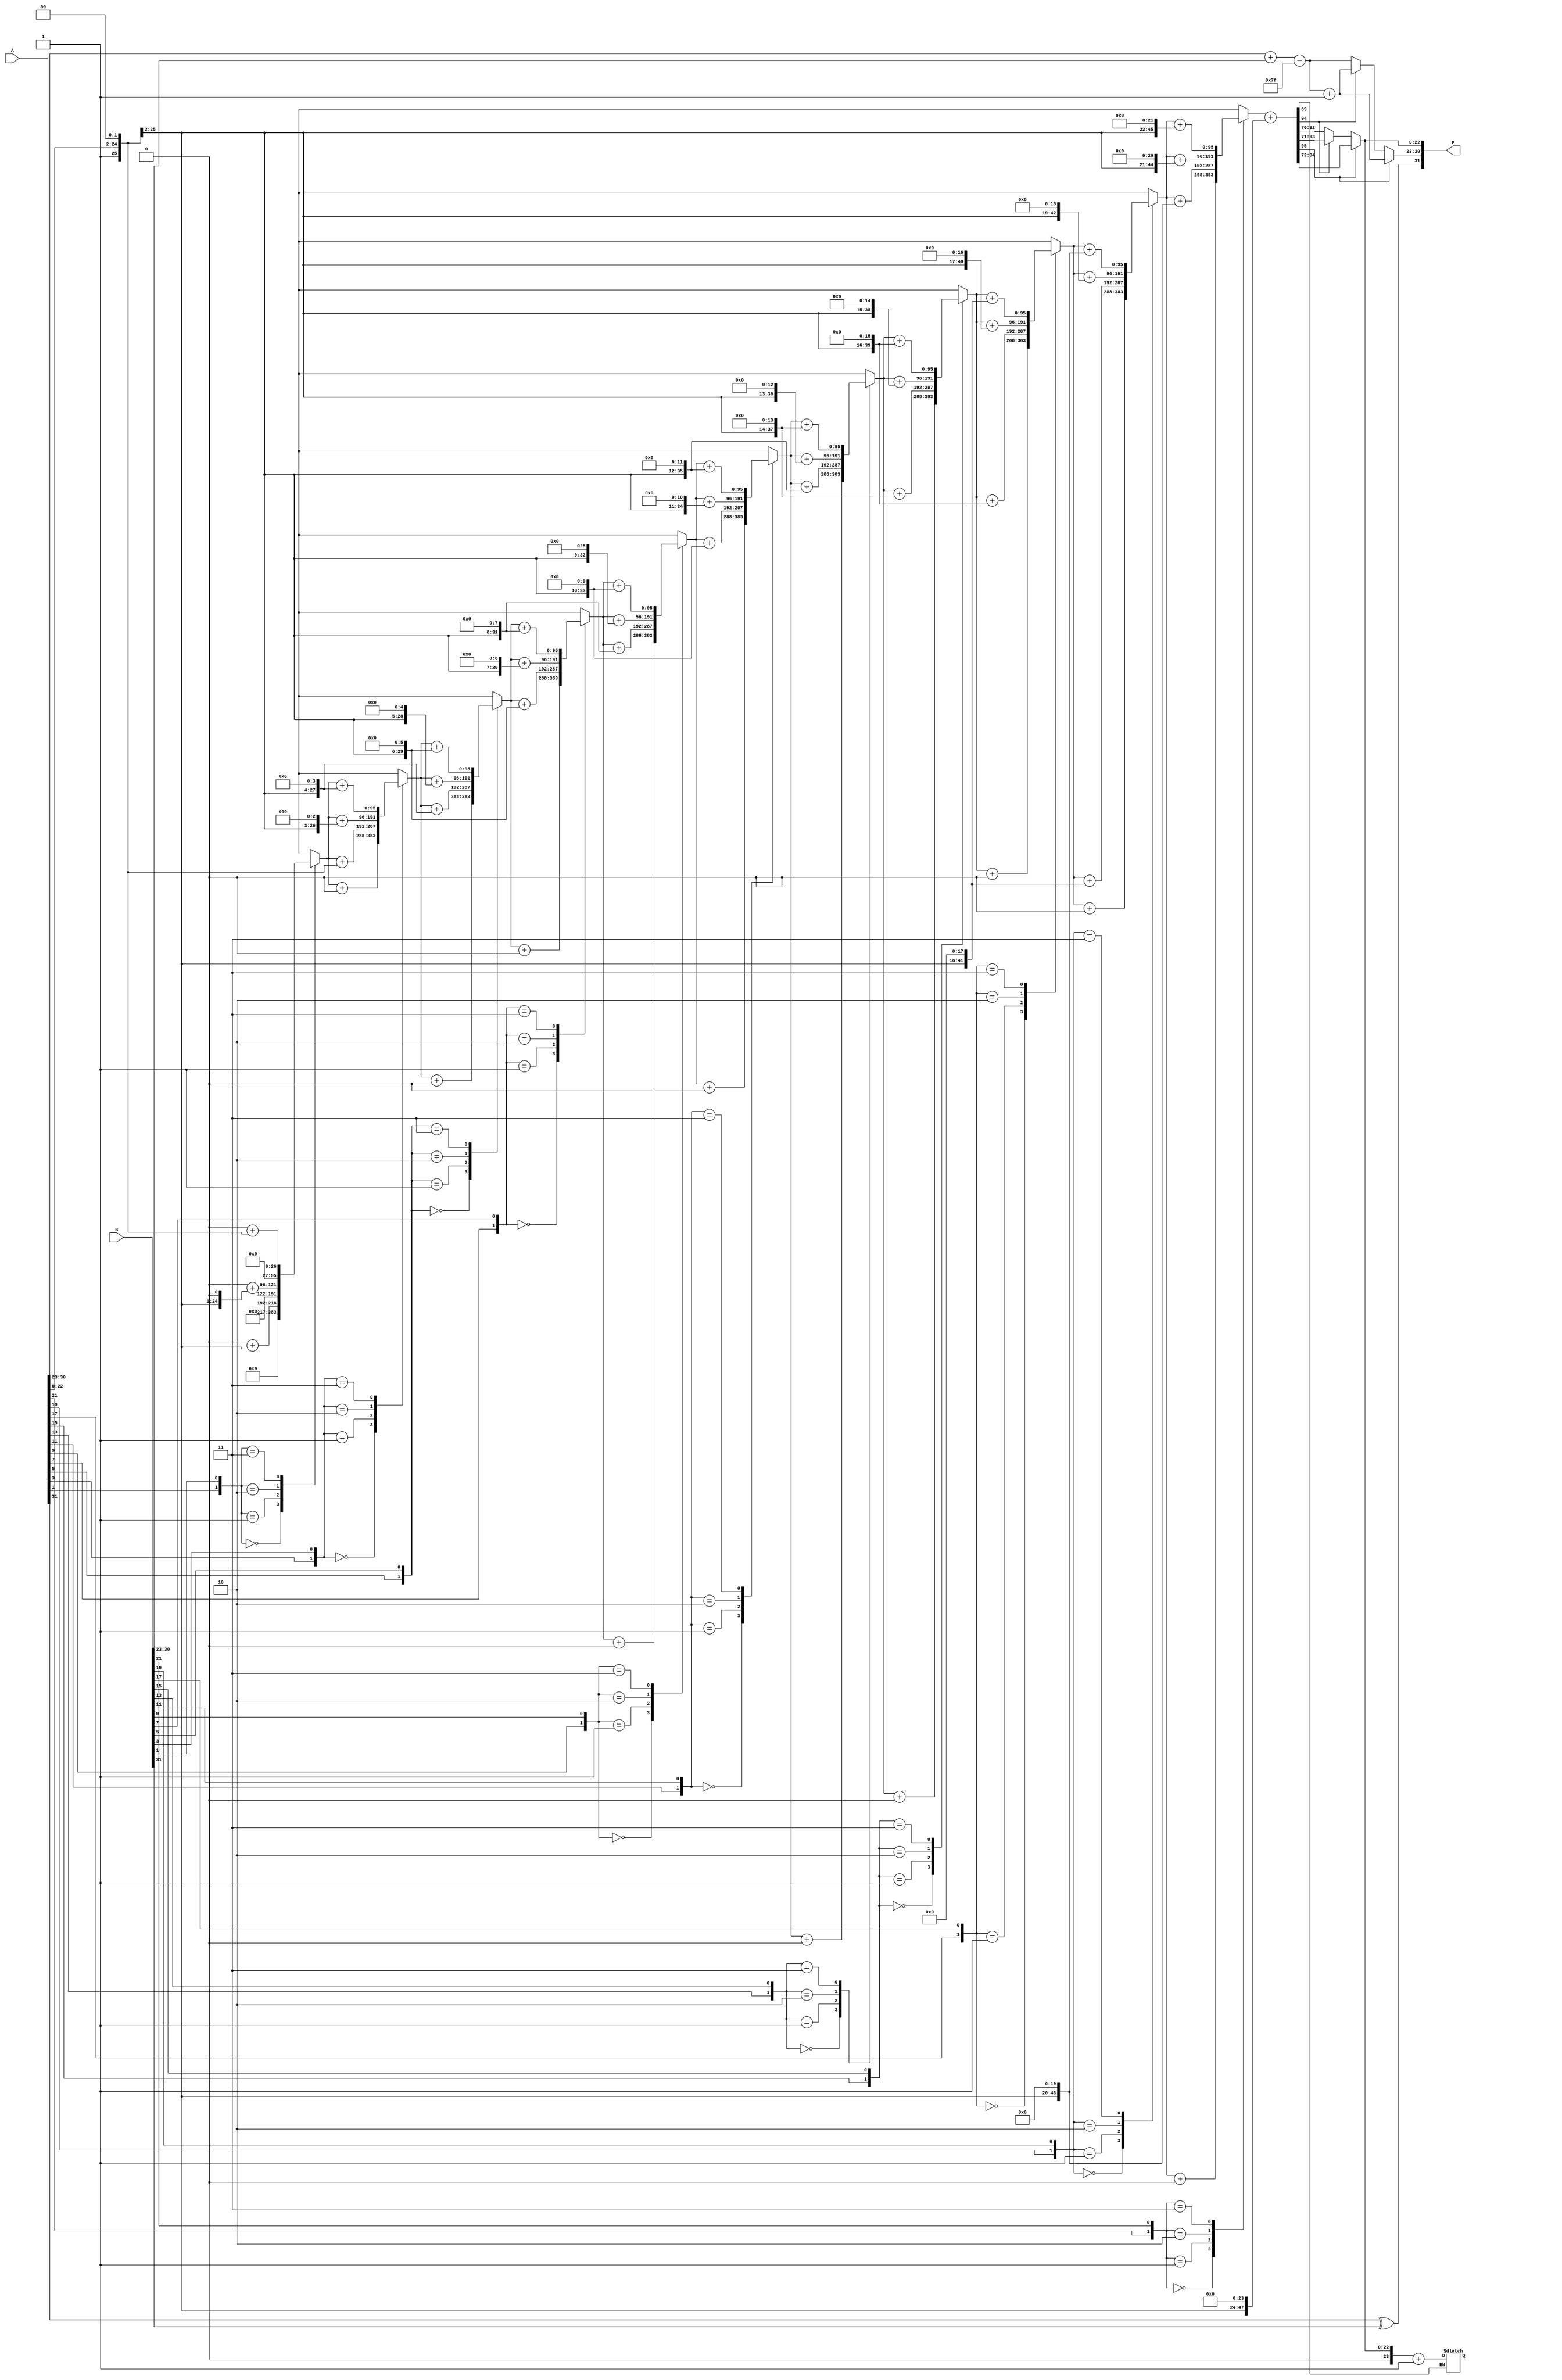
module radix4_fp_multiplier (
    input  wire [31:0] A,  // First floating-point number
    input  wire [31:0] B,  // Second floating-point number
    output reg  [31:0] P   // Product of A and B
);

    // Floating-point representation
    wire S_A = A[31]; // Sign bit of A
    wire [7:0] E_A = A[30:23]; // Exponent of A
    wire [22:0] M_A = A[22:0]; // Significand of A

    wire S_B = B[31]; // Sign bit of B
    wire [7:0] E_B = B[30:23]; // Exponent of B
    wire [22:0] M_B = B[22:0]; // Significand of B

    // Sign of the product
    wire S_P = S_A ^ S_B;

    // Exponent calculation
    wire [8:0] E_P_raw = {1'b0, E_A} + {1'b0, E_B} - 8'd127; // Bias adjustment
    wire [7:0] E_P = E_P_raw[7:0]; // Final exponent (8 bits)

    // Significand multiplication using Radix-4
    reg [47:0] M_A_ext = {1'b1, M_A}; // Extend significand of A
    reg [47:0] M_B_ext = {1'b1, M_B}; // Extend significand of B
    reg [95:0] M_P; // Product of significands

    integer i;
    always @(*) begin
        // Initialize product
        M_P = 0;

        // Radix-4 multiplication
        for (i = 0; i < 24; i = i + 2) begin
            case ({M_A_ext[i+1], M_B_ext[i+1]})
                2'b00: M_P = M_P + 0; // 0
                2'b01: M_P = M_P + (M_A_ext << i); // 1
                2'b10: M_P = M_P + (M_A_ext << (i + 1)); // 2
                2'b11: M_P = M_P + (M_A_ext << (i + 2)); // 3
            endcase
        end
    end

    // Normalization and Rounding
    reg [23:0] M_P_normalized;
    reg [7:0] E_P_final;
    
    always @(*) begin
        // Normalize the product
        if (M_P[95] == 1) begin
            M_P_normalized = M_P[94:72]; // Shift right
            E_P_final = E_P + 1; // Adjust exponent
        end else if (M_P[94] == 1) begin
            M_P_normalized = M_P[93:71];
            E_P_final = E_P + 1;
        end else begin
            M_P_normalized = M_P[92:70]; // Already normalized
            E_P_final = E_P;
        end
    end

    // Rounding (simple round-to-nearest)
    reg rounding_bit;
    always @(*) begin
        rounding_bit = M_P[69]; // Check the rounding bit
        if (rounding_bit) begin
            M_P_normalized = M_P_normalized + 1; // Round up
        end
    end

    // Output formatting
    always @(*) begin
        P = {S_P, E_P_final, M_P_normalized[22:0]}; // Assemble output
    end

endmodule